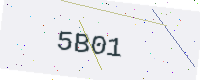
Text: 5B01